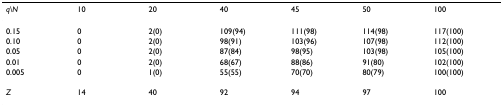
<table><thead><tr><td><b><i>q\N</i></b></td><td><b>10</b></td><td><b>20</b></td><td><b>40</b></td><td><b>45</b></td><td><b>50</b></td><td><b>100</b></td></tr></thead><tbody><tr><td>0.15</td><td>0</td><td>2(0)</td><td>109(94)</td><td>111(98)</td><td>114(98)</td><td>117(100)</td></tr><tr><td>0.10</td><td>0</td><td>2(0)</td><td>98(91)</td><td>103(96)</td><td>107(98)</td><td>112(100)</td></tr><tr><td>0.05</td><td>0</td><td>2(0)</td><td>87(84)</td><td>98(95)</td><td>103(98)</td><td>105(100)</td></tr><tr><td>0.01</td><td>0</td><td>2(0)</td><td>68(67)</td><td>88(86)</td><td>91(80)</td><td>102(100)</td></tr><tr><td>0.005</td><td>0</td><td>1(0)</td><td>55(55)</td><td>70(70)</td><td>80(79)</td><td>100(100)</td></tr><tr><td><i>Z</i></td><td>14</td><td>40</td><td>92</td><td>94</td><td>97</td><td>100</td></tr></tbody></table>